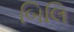
બિલિ